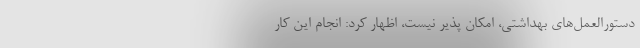
دستورالعمل‌های بهداشتی، امکان پذیر نیست، اظهار کرد: انجام این کار